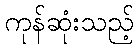
ကုန်ဆုံးသည့်